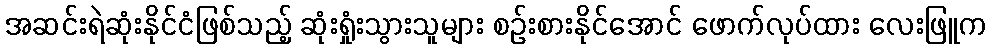
အဆင်းရဲဆုံးနိုင်ငံဖြစ်သည့် ဆုံးရှုံးသွားသူများ စဉ်းစားနိုင်အောင် ဖောက်လုပ်ထား လေးဖြူက